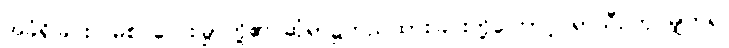
အခံရှိခြင်း၊ မြစ် လေးမြွာတို့၏ ဆုံရာ၌တည်ထားခြင်းတို့ကြောင့် ရာသီဥတု မျှတ၍